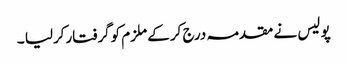
پو لیس نے مقدمہ درج کرکے ملزم کوگرفتارکرلیا ۔